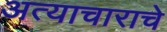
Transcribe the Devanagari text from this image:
अत्‍याचाराचे